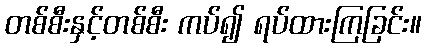
တစ်စီးနှင့်တစ်စီး ကပ်၍ ရပ်ထားကြခြင်း။